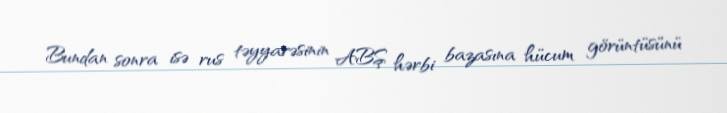
Bundan sonra isə rus təyyarəsinin ABŞ hərbi bazasına hücum görüntüsünü